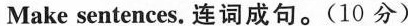
Make sentences. 连词成句.(10 分)